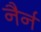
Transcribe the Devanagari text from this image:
नैर्न